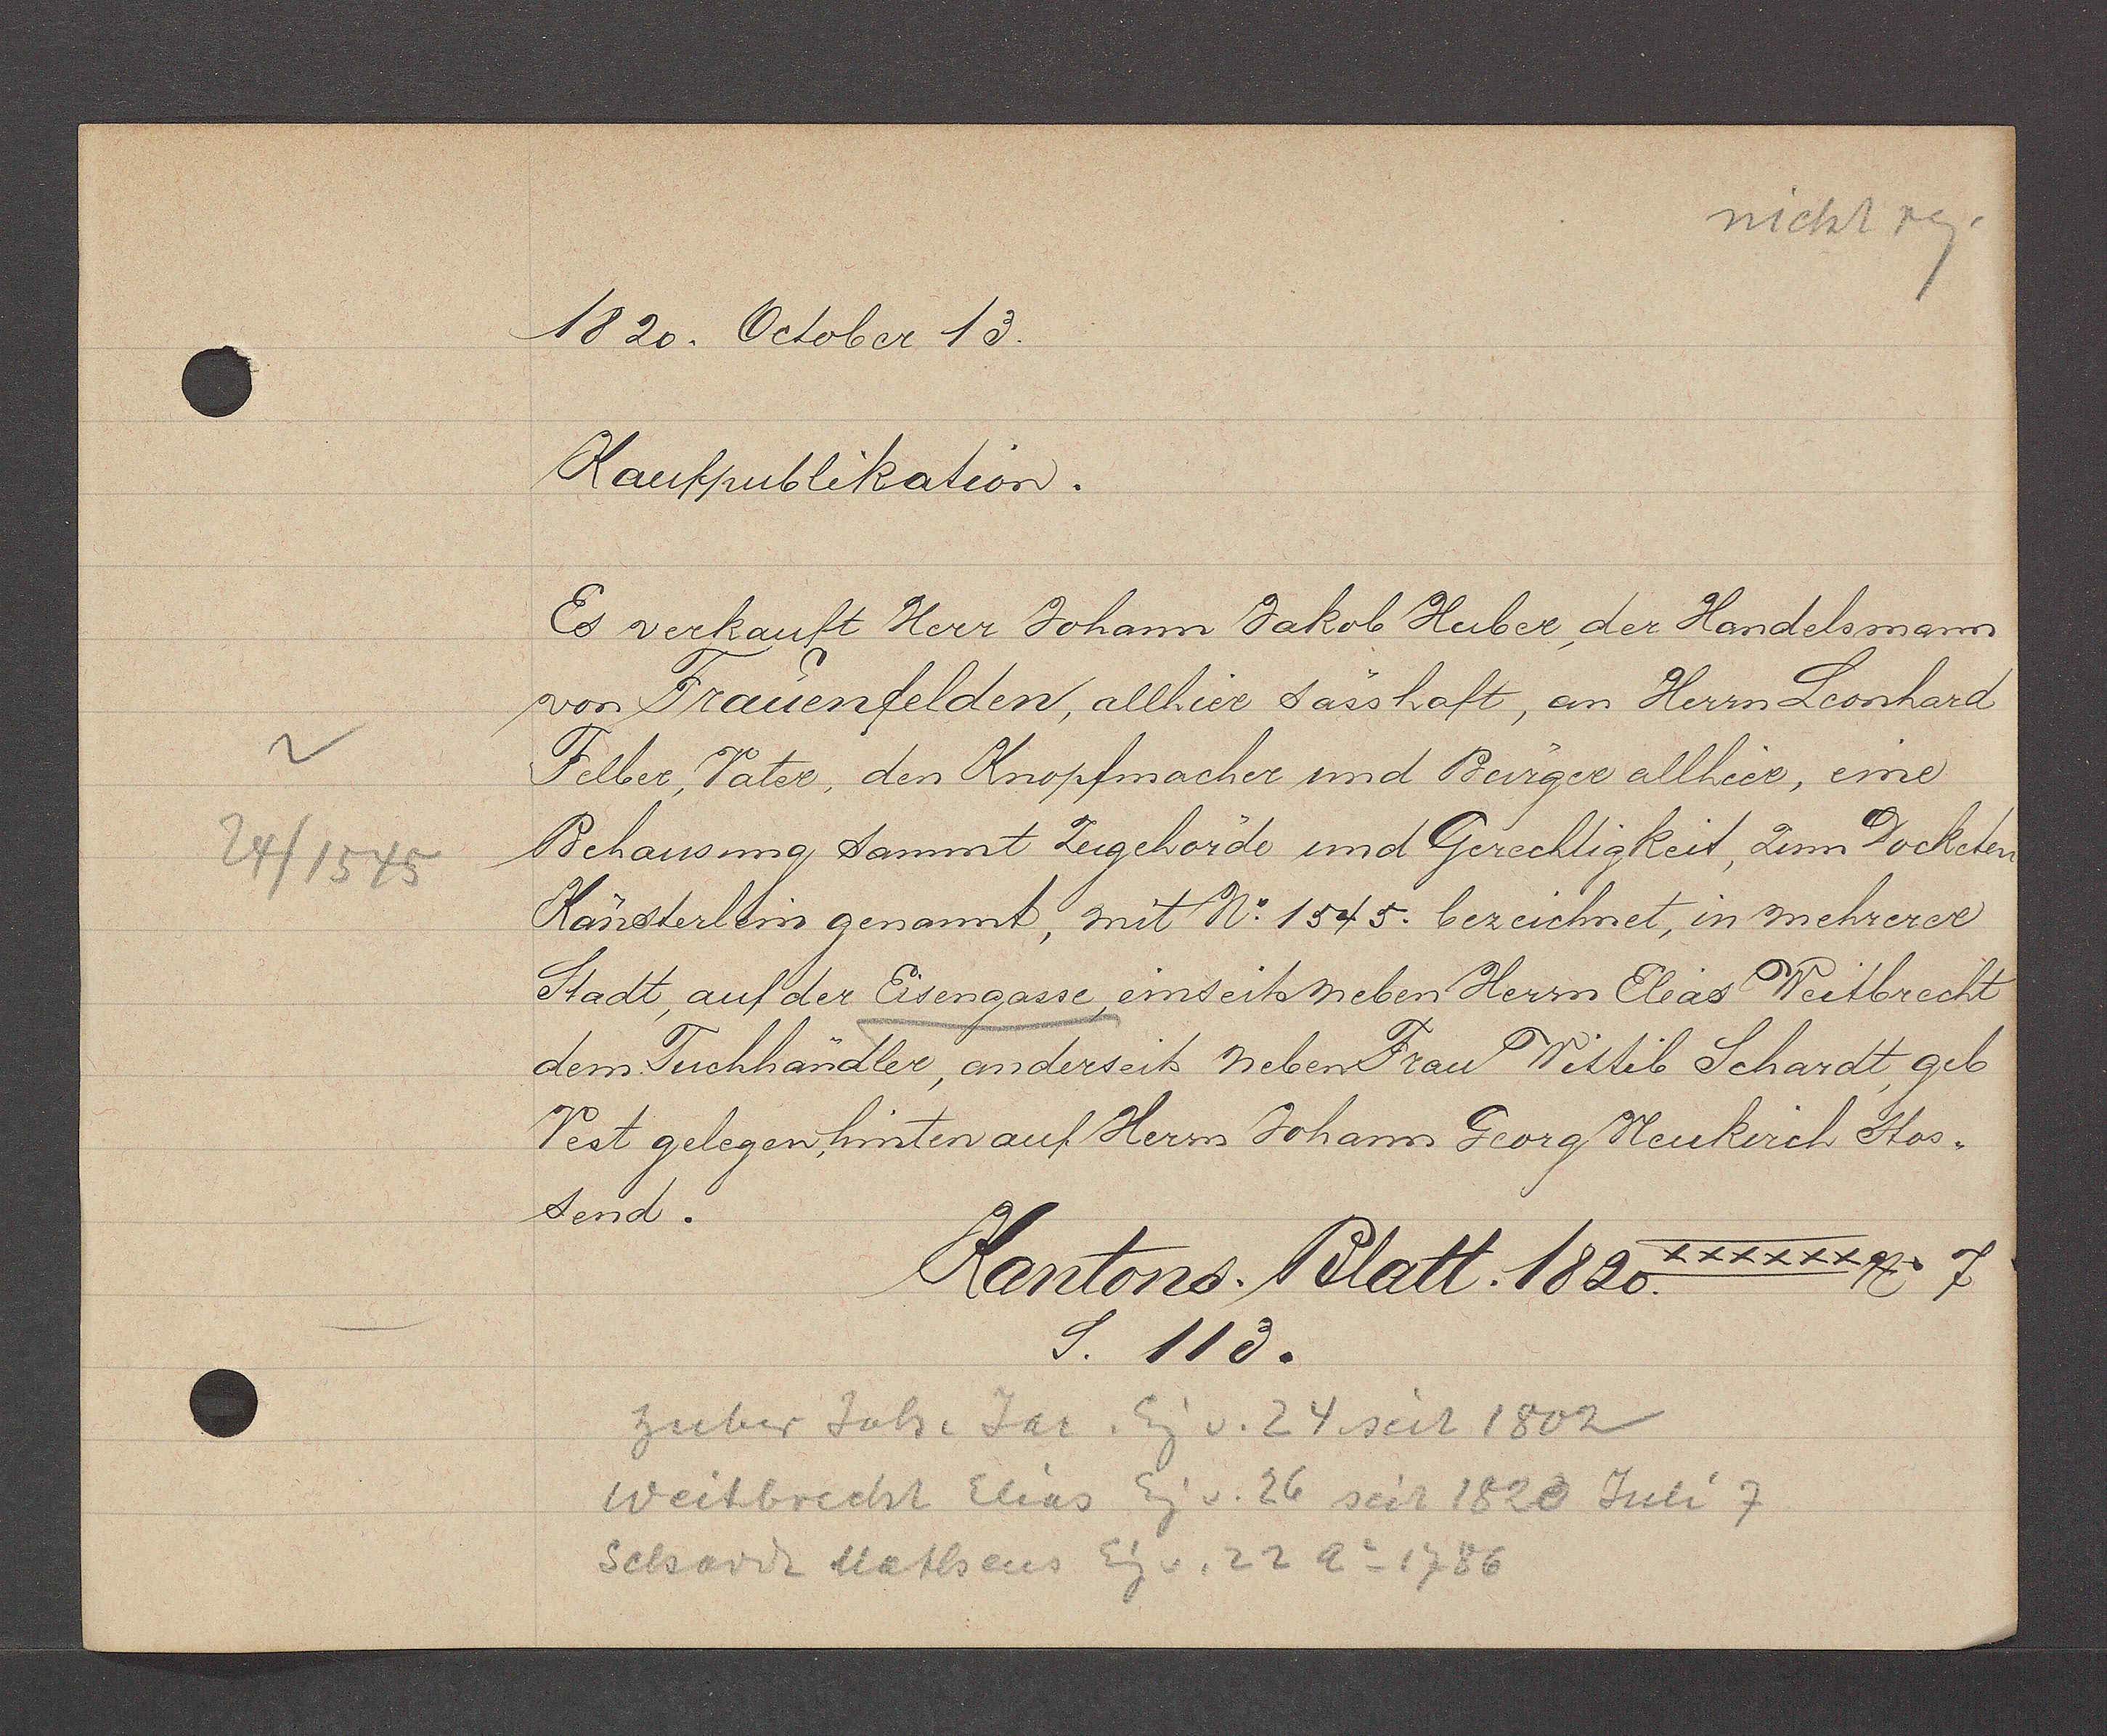
Transcript:
24/1545

nicht reg.
1820. October 13.
Kaufpublikation.
Es verkauft Herr Johann Jakob Huber der Handelsmann
von Frauenfelden, allhier sasshaft, an Herrn Leonhard
Felber Vater, den Knopfmacher und Burger allhier, eine
Behausung sammt Zugehorde und Gerechtigkeit, zum Docketen
Känsterlin genannt mit N: 1545. bezeichet, in mehrerer
Stadt, auf der Eisengasse einseits neben Herrn Eleas Weitbrecht
dem Tuchhändler, ansderseit neben Frau Wittib Schardt geb
Vest gelegen, hinten auf Herrn Johanss Georg Nenkirch Stos.
send.
 kt  
Kantons. Blatt. 1820. xxxxxx No7
S. 113.
Zuber Joh. Jac. Eg v. 24 seit 1802
Weitbrecht Elias Eg v. 26 seit 1820 Juli 7
Schardt Matheus Eg v. 22 Ao1786